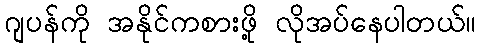
ဂျပန်ကို အနိုင်ကစားဖို့ လိုအပ်နေပါတယ်။